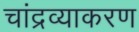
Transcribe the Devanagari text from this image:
चांद्रव्याकरण